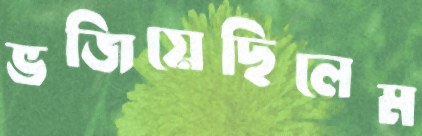
ভজিয়েছিলেম